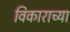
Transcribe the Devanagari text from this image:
विकाराच्या